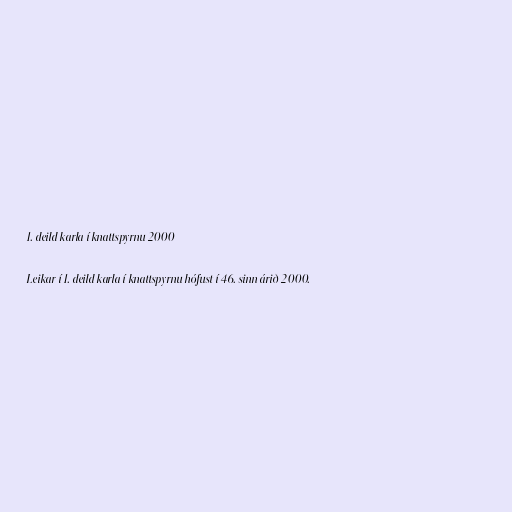
1. deild karla í knattspyrnu 2000

Leikar í 1. deild karla í knattspyrnu hófust í 46. sinn árið 2000.